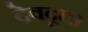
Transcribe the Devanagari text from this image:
देवदूत।